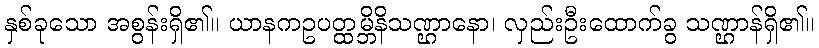
နှစ်ခုသော အစွန်းရှိ၏။ ယာနကဥပတ္ထမ္ဘိနိသဏ္ဌာနော၊ လှည်းဦးထောက်ခွ သဏ္ဌာန်ရှိ၏။